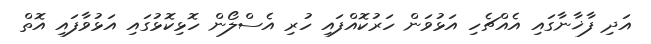
އަދި ފާޚާނާގައި އެއްޗެހި އަޅުވަން ހަރުކޮއްފައި ހުރި އެސްލޯން ހޮޅިކޮޅުގައި އަޅުވާފައި އޮތް